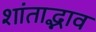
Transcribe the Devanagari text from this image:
शांताद्भाव